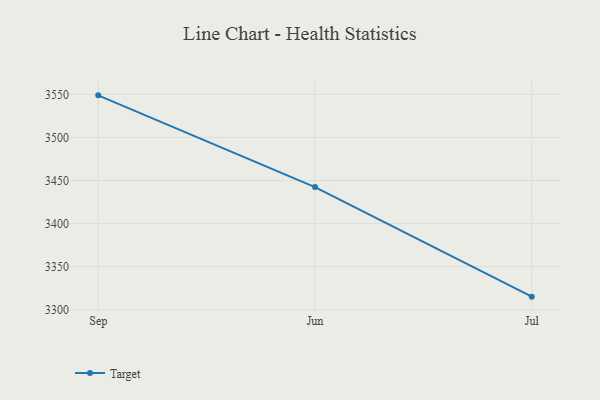
{"axis": {"x": "Month", "y": "Demand Index"}, "legend": ["Target"], "data": [{"x": "Sep", "y": 3548.8, "type": "Target"}, {"x": "Jun", "y": 3442.3, "type": "Target"}, {"x": "Jul", "y": 3315.2, "type": "Target"}]}